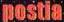
postia